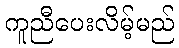
ကူညီပေးလိမ့်မည်